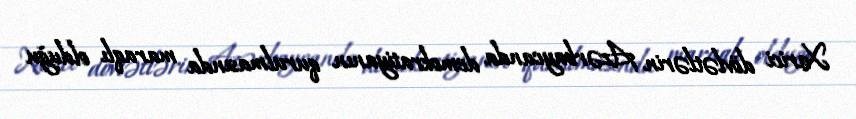
Xarici dövlətlərin Azərbaycanda demokratiyanın qurulmasında maraqlı olduğu